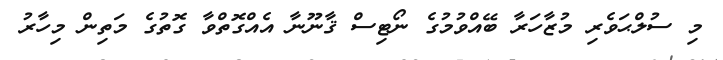
މި ސުލްޙަވެރި މުޒާހަރާ ބޭއްވުމުގެ ނޯޓިސް ޤާނޫނާ އެއްގޮތްވާ ގޮތުގެ މަތިން މިހާރު